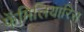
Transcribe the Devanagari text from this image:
फॅमिलियारिस